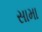
સામા